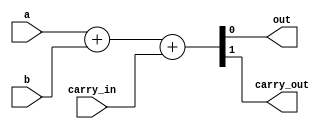
//Modulo que realiza la operacion suma
module Sumador (output out, output carry_out, input a,
    		input b, input carry_in);
assign {carry_out, out } = a + b + carry_in;
endmodule


//Modulo que realiza la operacion multiplicacion
module arr_multiplier_4b #(parameter n=32, k=64)(input reset, input [n-1:0]A,
		input [n-1:0]B, output [k-1:0]Out);
reg T = 0;
reg temp;
//Los cables se dimensionan diferente, hay que ponerle el valor sin contar el cero
wire [n-1:0]C[n:0];
wire [n-1:0]sum[n-1:0]; //Le quito el bit de a0&b0 y el de carry_out
wire [k-1:0] bits;

assign bits[0] = A[0]&B[0];

assign Out = (~reset)? 'h00000000 : bits;

genvar i, j;
generate

for (i=0; i <= n-2; i=i+1) begin
	for (j=0; j <= n-1; j=j+1) begin
		//PRIMERA FILA
		if (i == 0) begin
			//matris [0:0] primera esquina
			if (j == 0) begin
				Sumador celda (.a(A[j]&B[i+1]), .b(B[0]&A[j+1]), .carry_in(T), .out(bits[i+1]), .carry_out(C[i][j]));
			end
			//matris [0:n-1]
			else if (j == n-1)
				Sumador celda (.a(A[j]&B[i+1]), .b(T), .carry_in(C[i][j-1]), .out(sum[i][j]), .carry_out(C[i][j]));
			else
				Sumador celda(.a(A[j]&B[i+1]),.b(B[0]&A[j+1]),.carry_in(C[i][j-1]),.out(sum[i][j]),.carry_out(C[i][j]));
		end
		//ULTIMA FILA
		else if (i == n-2) begin
			//matris [n-2:0]
			if (j == 0)
				//Ultima esquina el primer bit es para el cable con la and
				Sumador celda (.a(A[j]&B[i+1]),.b(sum[i-1][j+1]),.carry_in(T),.out(bits[i+1]),.carry_out(C[i][j]));
			else if (j == n-1)
				//Ultima esquina el primer bit es para el cable con la and
				Sumador celda (.a(A[j]&B[i+1]),.b(C[i-1][j]),.carry_in(C[i][j-1]),.out(bits[j+n-1]), .carry_out(bits[k-1]));
			else
				//Ultima fila
				Sumador celda(.a(A[j]&B[i+1]),.b(sum[i-1][j+1]),.carry_in(C[i][j-1]),.out(bits[j+n-1]),.carry_out(C[i][j]));
		end
		else if ((j == n-1) && (i != 0) && (i != n-2))
			//Esquinas derechas
			Sumador celda (.a(A[j]&B[i+1]),.b(C[i-1][j]),.carry_in(C[i][j-1]),.out(sum[i][j]),.carry_out(C[i][j]));
		else if ((j == 0) && (i != 0) && (i != n-2))
			//Esquinas izquierdas
			Sumador celda (.a(A[j]&B[i+1]),.b(sum[i-1][j+1]),.carry_in(T),.out(bits[i+1]),.carry_out(C[i][j]));
		else
			Sumador celda(.a(A[j]&B[i+1]),.b(sum[i-1][j+1]),.carry_in(C[i][j-1]),.out(sum[i][j]),.carry_out(C[i][j]));
	end
end
endgenerate
endmodule